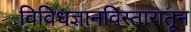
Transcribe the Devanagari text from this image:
विविधज्ञानविस्तारातून